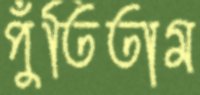
পুঁতিতাম